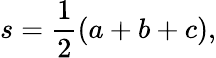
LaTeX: s={\frac{1}{2}}(a+b+c),